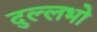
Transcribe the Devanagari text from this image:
दुल्लभो